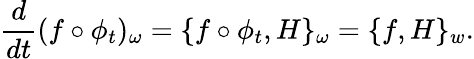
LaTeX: \frac{d}{dt}(f\circ\phi_{t})_{\omega}=\{ f\circ\phi_{t},H\} _{\omega}=\{ f,H\} _{w}.